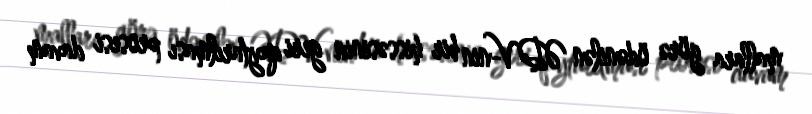
mallara görə ödənilən ƏDV-nin bir hissəsinin geri qaytarılması prosesi davam